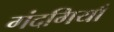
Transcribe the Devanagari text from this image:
गंदगियाँ